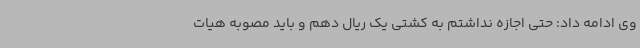
وی ادامه داد: حتی اجازه نداشتم به کشتی یک ریال دهم و باید مصوبه هیات